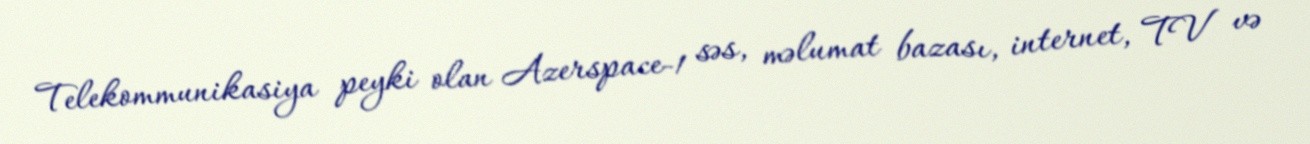
Telekommunikasiya peyki olan Azerspace-1 səs, məlumat bazası, internet, TV və